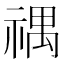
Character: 禑